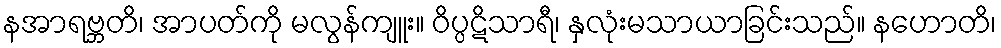
နအာရဗ္ဘတိ၊ အာပတ်ကို မလွန်ကျူး။ ဝိပ္ပဋိသာရီ၊ နှလုံးမသာယာခြင်းသည်။ နဟောတိ၊